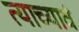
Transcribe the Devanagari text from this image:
त्याच्यावं